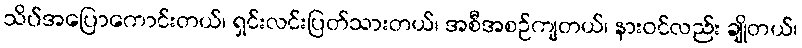
သိပ်အပြောကောင်းတယ်၊ ရှင်းလင်းပြတ်သားတယ်၊ အစီအစဉ်ကျတယ်၊ နားဝင်လည်း ချိုတယ်၊